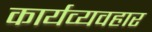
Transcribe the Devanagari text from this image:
कार्यव्यवहार